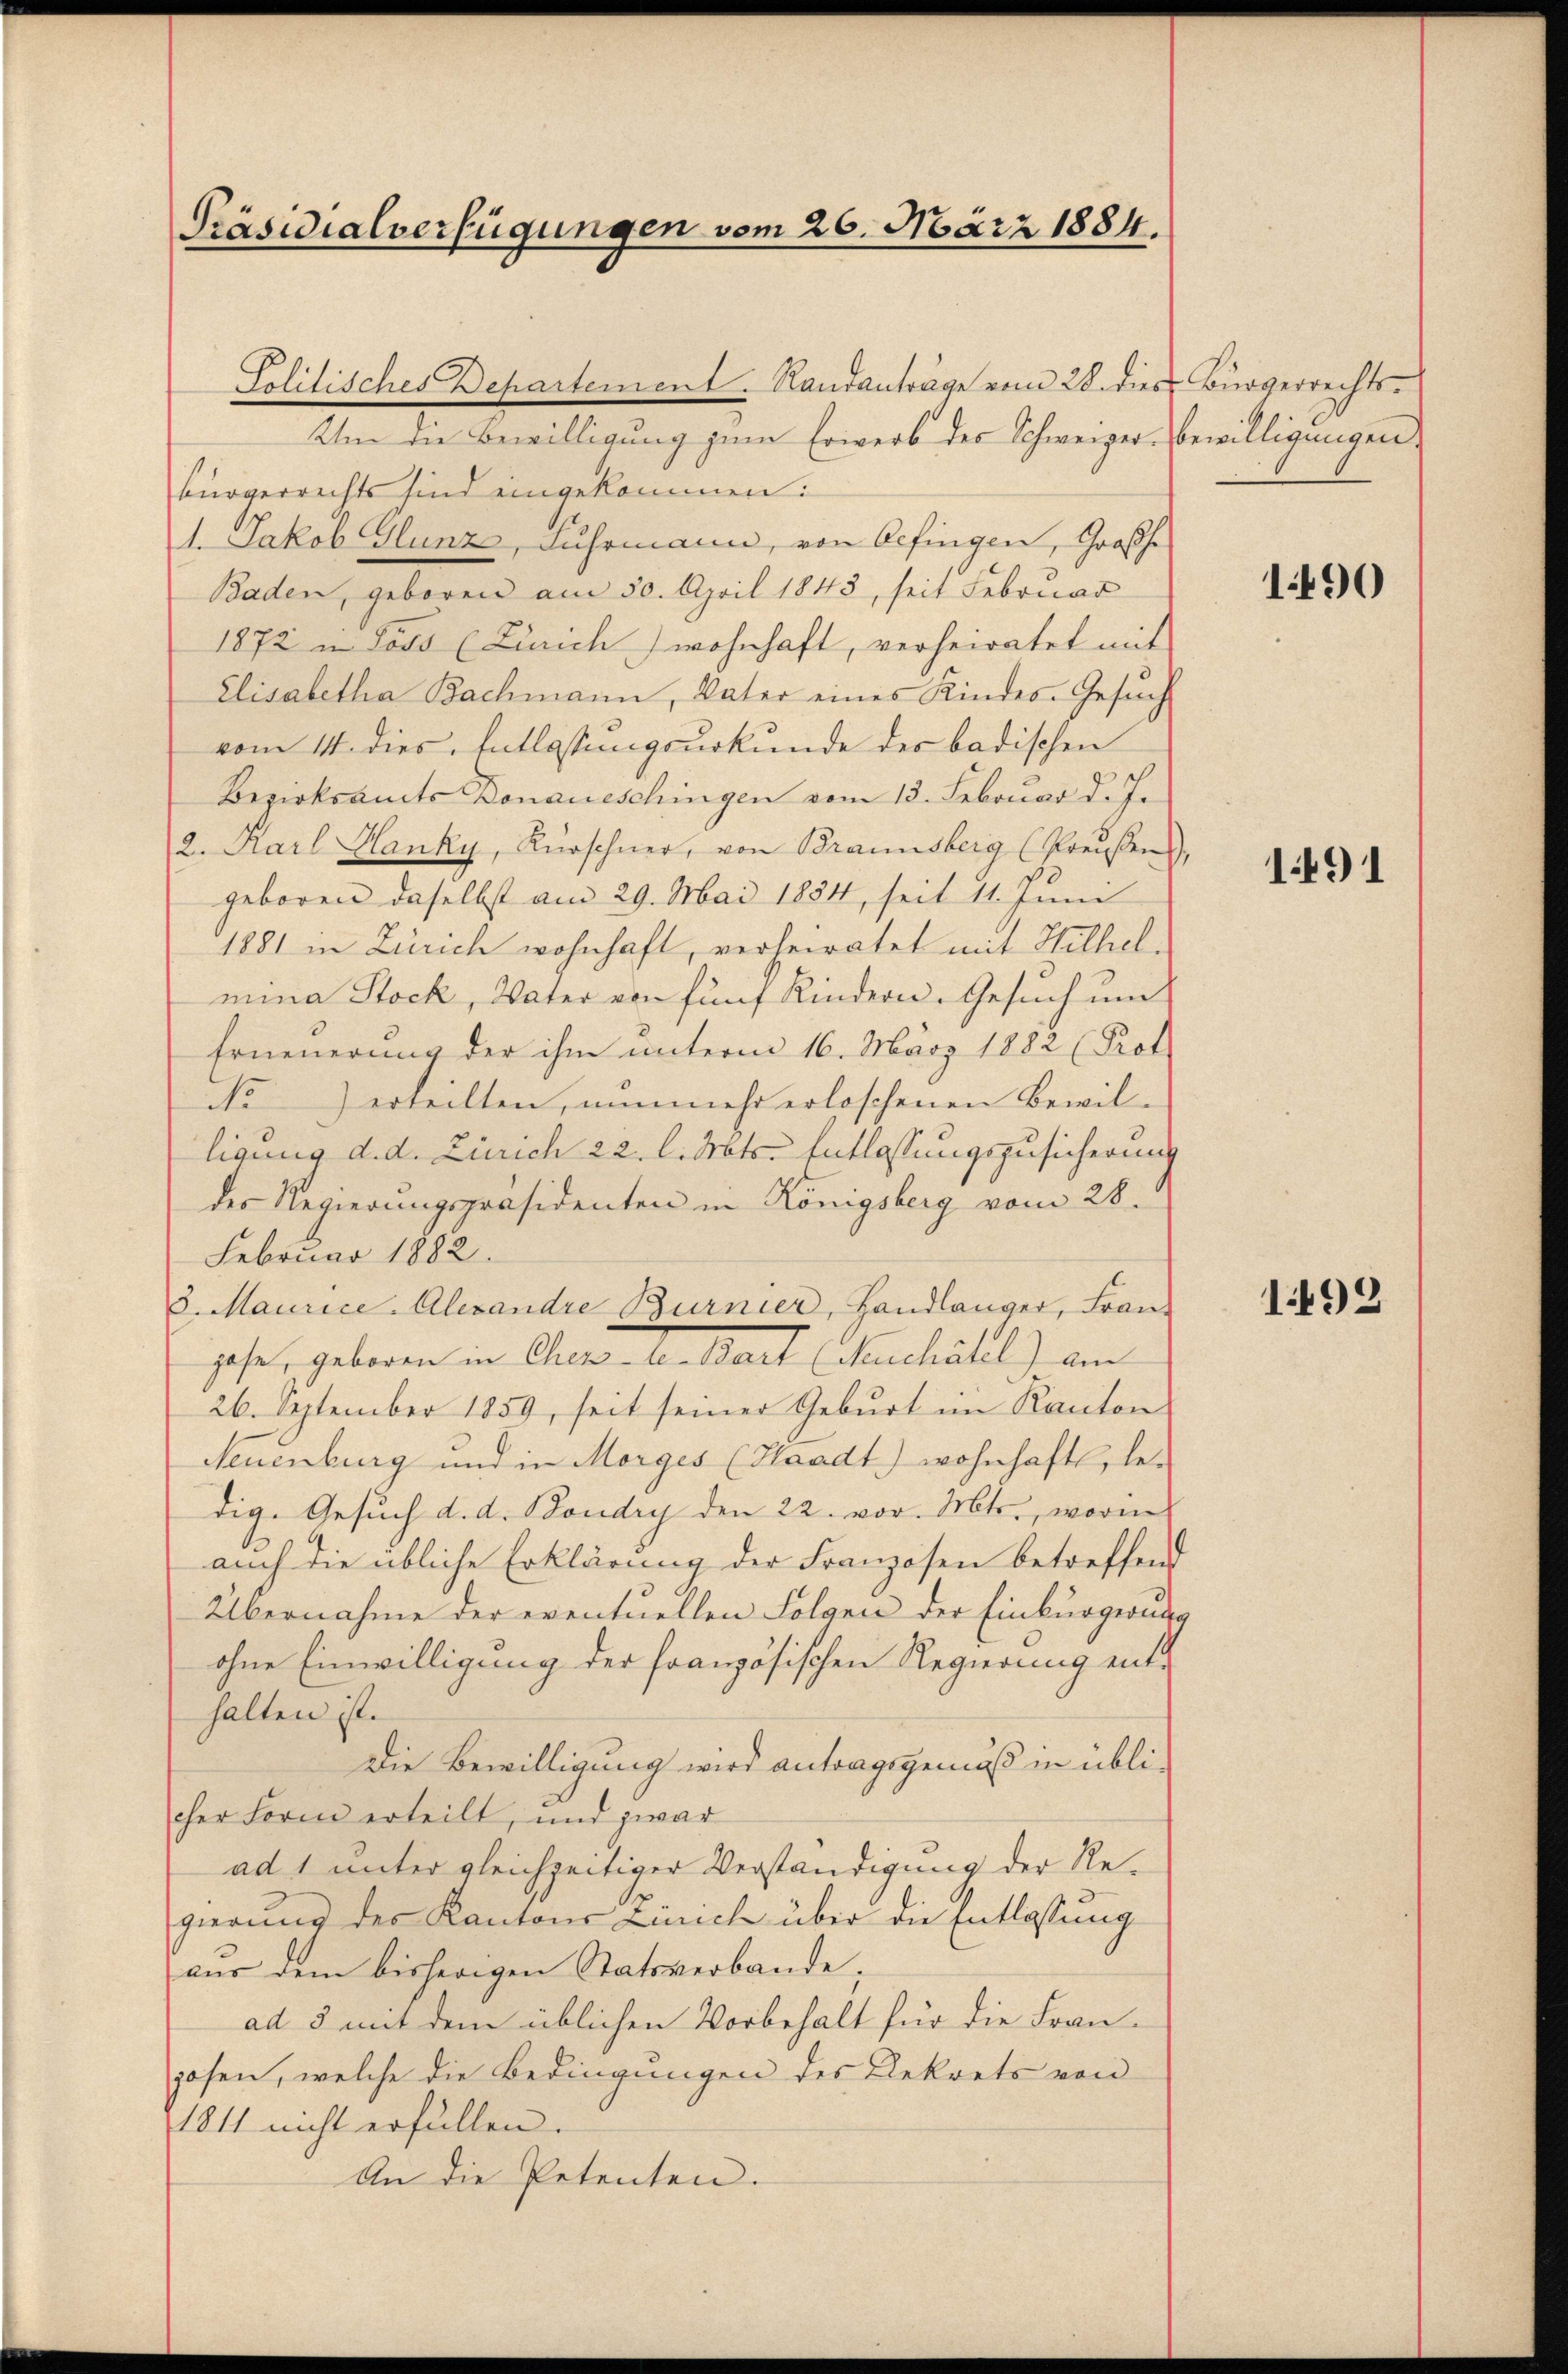
Präsidialverfügungen vom 26. März 1884.

Solitisches Departement. Randanträge vom 28. dies Bürgerrechts-
Um die Bewilligung zum Erwerb des Schweizer-Bewilligungen
bürgerrechts sind eingekommen:
1. Jakob Glunz, Fuhrmann, von befingen, Großhe
Baden, geboren am 30. April 1843, seit Februar
1872 in Loss (Zürich wohnhaft, verheiratet mit
Elisabetha Bachmann, Vater eines Kindes-Gesŭch
vom 14. dies Entlassungsurkunde des badischen
Bezirksamts Donaueschingen vom 13. Februar d. J.
2. Karl Hanky, Kürschner, von Braunsberg (Preŭβens),
geboren daselbst am 29. Mai 1884, seit 11. Juni
1881 in Zürich wohnhaft, verheiratet mit Hilhel
mina Stock, Vater von fünf Kindern. Gesuch um
Erneuerung der ihm unterm 16. März 1882 (Prot
No erteilten, nunmehr erloschenen Bewilligung d. d. Zürich 22. l. Mts. Entlassungszusicherung
des Regierungspräsidenten in Königsberg vom 28.
Februar 1882.
8. Maurice. Alexandre Burnier, Handlanger, Fran
gase, geboren in Cher-le-Bart (Neuchâtel) am
26. September 1859, seit seiner Geburt im Kanton
Neuenburg und in Morges (Waadt) wohnhafte, ledig. Gesuch d. d. Boudry den 22. vor. Mts., worin
auch die übliche Erklärung der Franzosen betreffend
Übernahme der eventuellen Folgen der Einbürgerung
ohne Einwilligung der französischen Regierung enthalten ist.
Die Bewilligung wird antragsgemäß in übli-
cher Form ertheilt, und zwar
ad 1 unter gleichzeitiger Verständigung der Regierung des Kantons Zürich über die Entlassung
aus dem bisherigen Statsverbande;
ad 5 mit dem üblichen Vorbehalt für die Franposen, welche die Bedingungen des Gekrets von
1811 nicht erfüllen.
An die Petenten.

1490

1491

1492